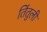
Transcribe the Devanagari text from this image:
तिंतुली